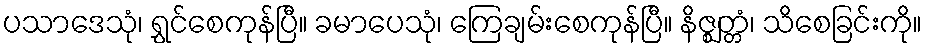
ပသာဒေသုံ၊ ရွှင်စေကုန်ပြီ။ ခမာပေသုံ၊ ကြေချမ်းစေကုန်ပြီ။ နိဇ္ဈတ္တံ၊ သိစေခြင်းကို။